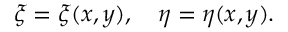
\xi = \xi ( x , y ) , \quad \eta = \eta ( x , y ) .